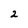
Character: 2